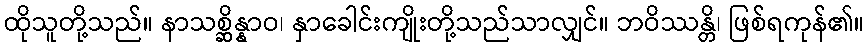
ထိုသူတို့သည်။ နာသစ္ဆိန္နာဝ၊ နှာခေါင်းကျိုးတို့သည်သာလျှင်။ ဘဝိဿန္တိ၊ ဖြစ်ရကုန်၏။